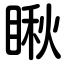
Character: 瞅